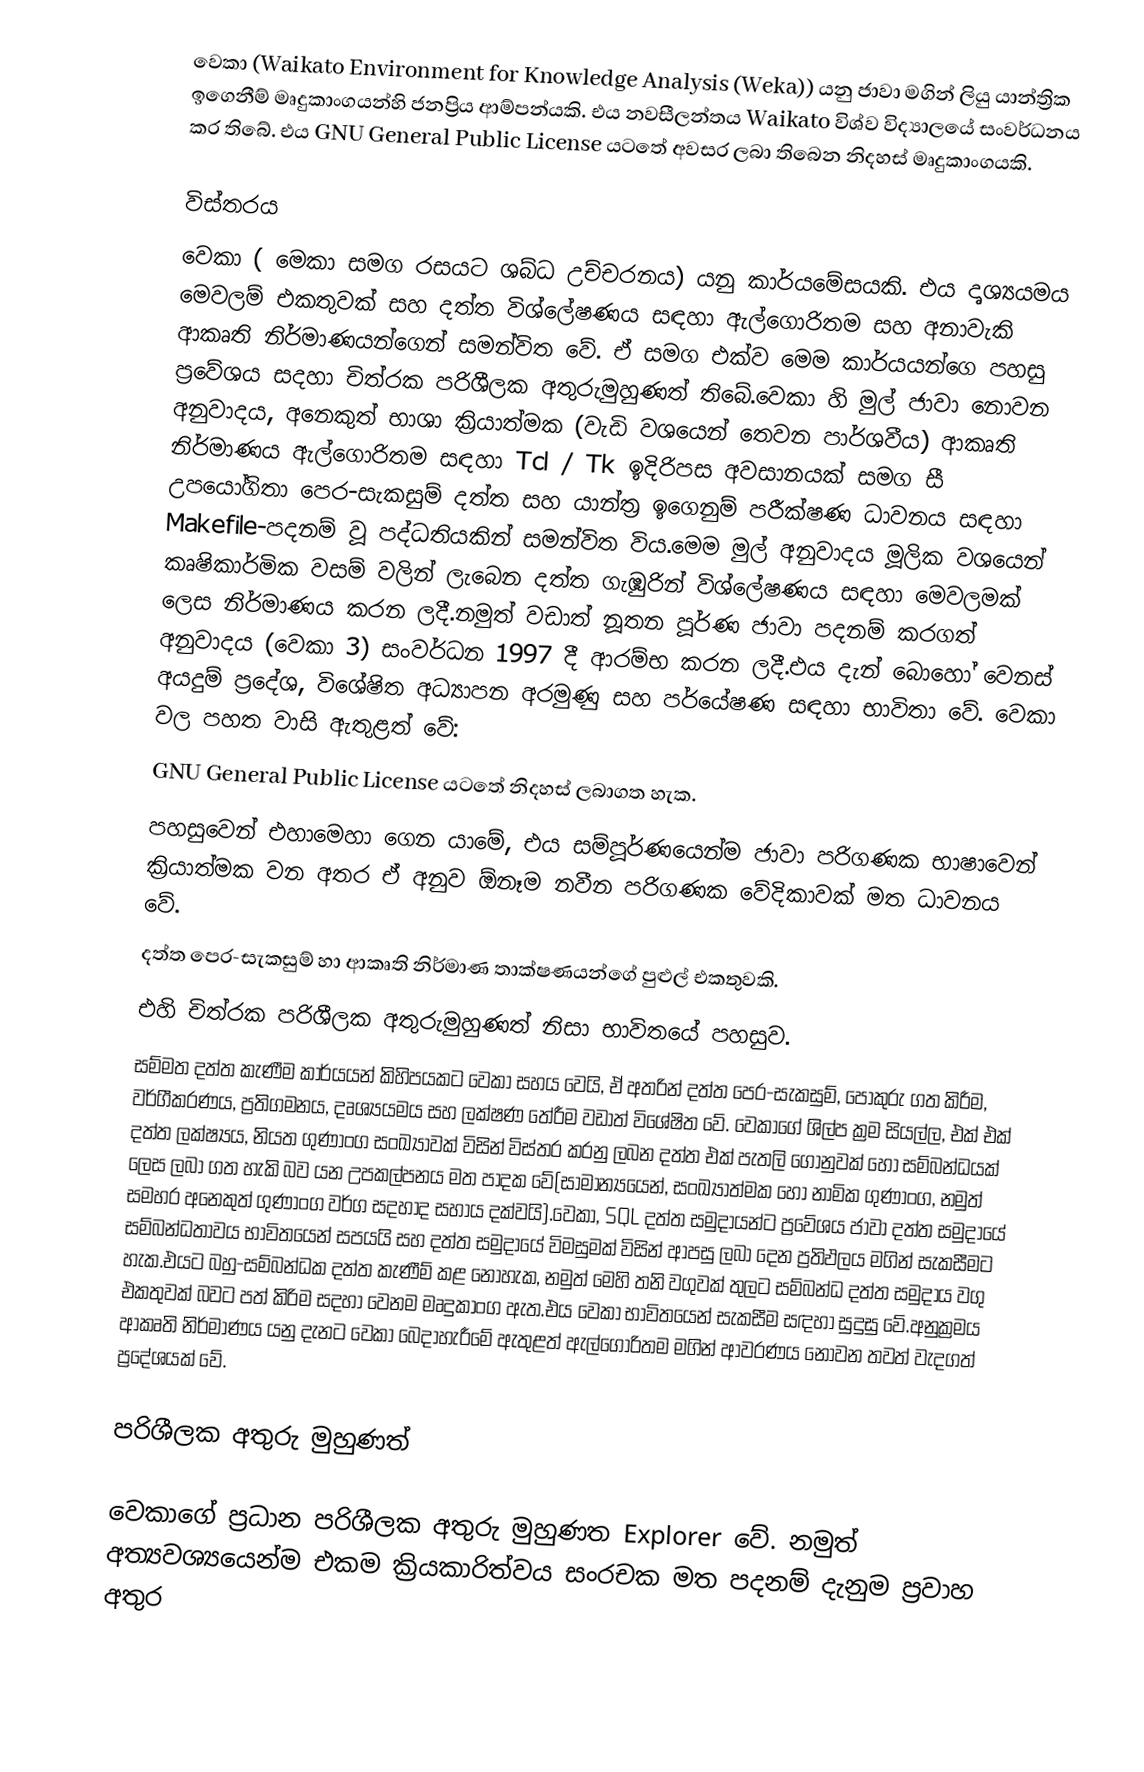
වෙකා (Waikato Environment for Knowledge Analysis (Weka)) යනු ජාවා මගින් ලියු යාන්ත්‍රික ඉගෙනීම් මෘදුකාංගයන්හි ජනප්‍රිය ආම්පන්යකි. එය  නවසීලන්තය Waikato විශ්ව විද්‍යාලයේ සංවර්ධනය කර තිබේ. එය GNU General Public License යටතේ අවසර ලබා තිබෙන නිදහස් මෘදුකාංගයකි.

විස්තරය
වෙකා ( මෙකා සමග රසයට ශබ්ධ උච්චරනය) යනු  කාර්යමේසයකි. එය දෘශ්‍යයමය මෙවලම් එකතුවක් සහ දත්ත විශ්ලේෂණය සඳහා ඇල්ගොරිතම සහ අනාවැකි ආකෘති නිර්මාණයන්ගෙන් සමන්විත වේ. ඒ  සමග එක්ව මෙම කාර්යයන්ගෙ පහසු ප්‍රවේශය සදහා චිත්රක පරිශීලක අතුරුමුහුණත් තිබේ.වෙකා හි මුල් ජාවා නොවන අනුවාදය, අනෙකුත් භාශා ක්‍රියාත්මක (වැඩි වශයෙන් තෙවන පාර්ශවීය) ආකෘති නිර්මාණය ඇල්ගොරිතම සඳහා Tcl / Tk ඉදිරිපස අවසානයක් සමග සී උපයෝගිතා  පෙර-සැකසුම් දත්ත සහ යාන්ත්‍ර ඉගෙනුම් පරීක්ෂණ ධාවනය සඳහා Makefile-පදනම් වූ පද්ධතියකින් සමන්විත විය.මෙම මුල් අනුවාදය මූලික වශයෙන් කෘෂිකාර්මික වසම් වලින් ලැබෙන දත්ත ගැඹුරින් විශ්ලේෂණය සඳහා මෙවලමක් ලෙස නිර්මාණය කරන ලදී.නමුත් වඩාත් නූතන පූර්ණ ජාවා පදනම් කරගත් අනුවාදය (වෙකා 3)  සංවර්ධන 1997 දී ආරම්භ කරන ලදී.එය දැන් බොහෝ වෙනස් අයදුම් ප්‍රදේශ, විශේෂිත අධ්‍යාපන අරමුණු සහ පර්යේෂණ සඳහා භාවිතා වේ. වෙකා වල පහත වාසි ඇතුළත් වේ:
 GNU General Public License යටතේ නිදහස් ලබාගත හැක.
  පහසුවෙන් එහාමෙහා ගෙන යාමේ, එය සම්පූර්ණයෙන්ම  ජාවා පරිගණක භාෂාවෙන්  ක්‍රියාත්මක වන අතර ඒ අනුව ඕනෑම නවීන පරිගණක වේදිකාවක් මත ධාවනය වේ.
 දත්ත පෙර-සැකසුම් හා ආකෘති නිර්මාණ තාක්ෂණයන්ගේ පුළුල් එකතුවකි.
 එහි චිත්රක පරිශීලක අතුරුමුහුණත් නිසා භාවිතයේ පහසුව.
සම්මත  දත්ත කැණීම කාර්යයන් කිහිපයකට වෙකා සහය වෙයි, ඒ අතරින් දත්ත පෙර-සැකසුම්, පොකුරු ගත කිරීම, වර්ගීකරණය, ප්‍රතිගමනය, දෘශ්‍යයමය සහ ලක්ෂණ තේරීම වඩාත් විශේෂිත වේ. වෙකාගේ ශිල්ප ක්‍රම සියල්ල, එක් එක් දත්ත ලක්ෂ්‍යය, නියත ගුණාංග සංඛ්‍යාවක් විසින් විස්තර කරනු ලබන දත්ත එක් පැතලි ගොනුවක් හෝ සම්බන්ධයක් ලෙස ලබා ගත හැකි බව යන උපකල්පනය මත පාදක වේ(සාමාන්‍යයෙන්, සංඛ්‍යාත්මක හෝ නාමික ගුණාංග, නමුත් සමහර අනෙකුත් ගුණාංග වර්ග සදහාද සහාය දක්වයි).වෙකා,  SQL දත්ත සමුදායන්ට ප්‍රවේශය  ජාවා දත්ත සමුදායේ සම්බන්ධතාවය භාවිතයෙන් සපයයි සහ දත්ත සමුදායේ විමසුමක් විසින් ආපසු ලබා දෙන ප්‍රතිඵලය මගින් සැකසීමට හැක.එයට බහු-සම්බන්ධක දත්ත කැණීම් කළ නොහැක, නමුත් මෙහි තනි වගුවක් තුලට සම්බන්ධ දත්ත සමුදාය වගු එකතුවක් බවට පත් කිරිම සදහා වෙනම මෘදුකාංග ඇත.එය වෙකා  භාවිතයෙන් සැකසීම සඳහා සුදුසු වේ.අනුක්‍රමය ආකෘති නිර්මාණය යනු දැනට වෙකා බෙදාහැරීමේ ඇතුළත් ඇල්ගොරිතම මගින් ආවරණය නොවන තවත් වැදගත් ප්‍රදේශයක් වේ.

පරිශීලක අතුරු මුහුණත්

වෙකාගේ  ප්‍රධාන පරිශීලක අතුරු මුහුණත Explorer වේ. නමුත් අත්‍යවශ්‍යයෙන්ම එකම ක්‍රියකාරිත්වය සංරචක මත පදනම් දැනුම ප්‍රවාහ අතුර